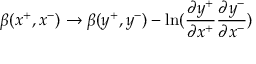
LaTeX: \beta ( x ^ { + } , x ^ { - } ) \rightarrow \beta ( y ^ { + } , y ^ { - } ) - \ln ( { \frac { \partial y ^ { + } } { \partial x ^ { + } } } { \frac { \partial y ^ { - } } { \partial x ^ { - } } } )